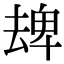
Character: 𠬈